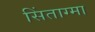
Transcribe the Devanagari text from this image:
सिंताग्मा